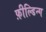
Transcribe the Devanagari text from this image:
फ़ील्डिन्ग